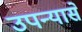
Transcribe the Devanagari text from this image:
उपन्यासें